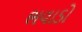
ભવાડો